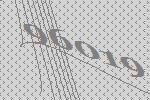
96019